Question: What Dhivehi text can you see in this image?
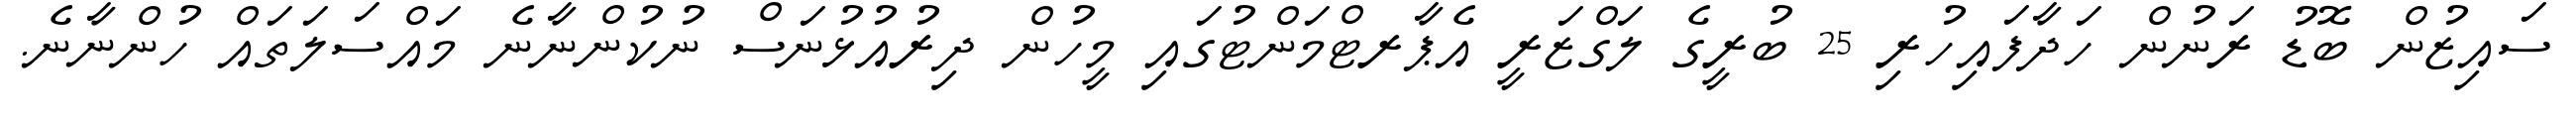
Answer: ސައިޒުން ބޮޑު ރަނުން ހަދާފައިހުރި 25 ބުރީގެ ލަގްޒަރީ އެޕާރޓްމަންޓުގައި މީހުން ދިރުއުޅުނަސް ނުކުންނާނެ މައްސަލަތައް ހުންނާނެ.